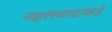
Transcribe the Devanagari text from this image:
नक्षलवादाकडे